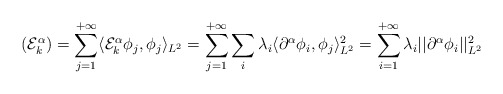
\begin{align*}(\mathcal{E}_{k}^{\alpha}) = \sum_{j=1}^{+\infty} \langle \mathcal{E}_{k}^{\alpha}\phi_j,\phi_j\rangle_{L^2} = \sum_{j=1}^{+\infty} \sum_{i}\lambda_i \langle\partial^{\alpha}\phi_i,\phi_j\rangle_{L^2}^2 = \sum_{i=1}^{+\infty} \lambda_i ||\partial^{\alpha}\phi_i||_{L^2}^2 \end{align*}